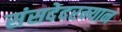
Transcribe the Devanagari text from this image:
संसदेदरम्यान